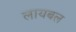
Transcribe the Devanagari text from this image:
लायबल